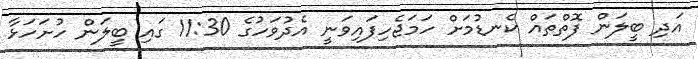
އަދި ބީލަން ފޮތްތައް ކެނޑުމަށް ހަމަޖެހިފައިވަނީ އެދުވަހުގެ 11:30 ގައި ބީލަން ހުށަހަޅާ